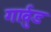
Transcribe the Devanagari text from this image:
गार्वुड